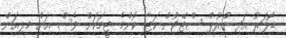
ޑޮލަރު އަދި ގްރޫޕް ސްޓޭޖުން ކަޓާ ކޮންމެ ޓީމަކަށް ވެސް އަށް މިލިއަން